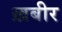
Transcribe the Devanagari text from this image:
ख़बीर